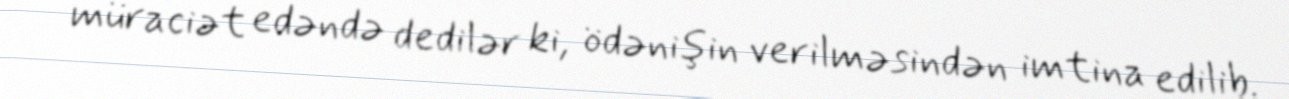
müraciət edəndə dedilər ki, ödənişin verilməsindən imtina edilib.